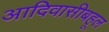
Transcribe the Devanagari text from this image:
आदिवासीबहूल